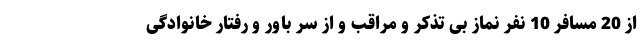
از 20 مسافر 10 نفر نماز بی تذکر و مراقب و از سر باور و رفتار خانوادگی